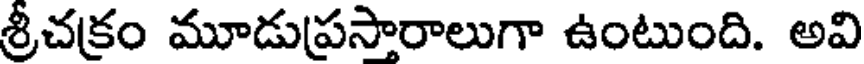
శ్రీచక్రం మూడుప్రసారాలుగా ఉంటుంది. అవి